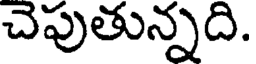
చెపుతున్నది.